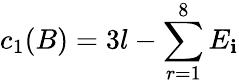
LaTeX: c_{1}(B)=3l-\sum_{r=1}^{8}E_{\mathbf{i}}